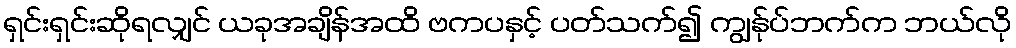
ရှင်းရှင်းဆိုရလျှင် ယခုအချိန်အထိ ဗကပနှင့် ပတ်သက်၍ ကျွန်ုပ်ဘက်က ဘယ်လို